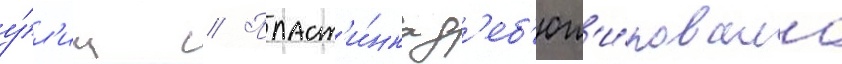
у́л'иц // Пласт'и́нка д'еб'ют'и́ровала